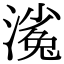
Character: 𣻖